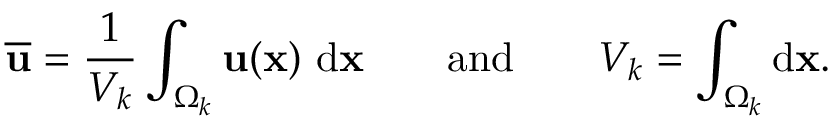
\overline { { \mathbf { u } } } = \frac { 1 } { V _ { k } } \int _ { \Omega _ { k } } \mathbf { u } ( \mathbf { x } ) \ \mathrm { d } \mathbf { x } \quad \quad \mathrm { a n d } \quad \quad V _ { k } = \int _ { \Omega _ { k } } \mathrm { d } \mathbf { x } .